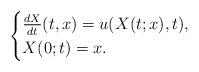
LaTeX: \begin{align*}\begin{cases}\frac{dX}{dt}(t,x)=u(X(t;x),t),\\X(0;t)=x.\end{cases}\end{align*}